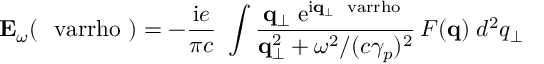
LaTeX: { \bf E } _ { \omega } ( { \mathrm { \boldmath ~ \ v a r r h o ~ } } ) = - { \frac { \mathrm { i } e } { \pi c } } \ \int { \frac { { \bf q } _ { \bot } \; \mathrm { e } ^ { \mathrm { i } { \bf q } _ { \bot } { \mathrm { \scriptsize \boldmath ~ \ v a r r h o ~ } } } } { { \bf q } _ { \bot } ^ { 2 } + \omega ^ { 2 } / ( c \gamma _ { p } ) ^ { 2 } } } \, F ( { \bf q } ) \; d ^ { 2 } q _ { \bot } \,